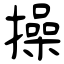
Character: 操